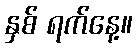
နှစ် ရက်နေ့။